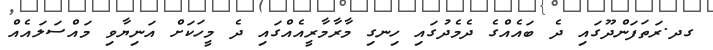
ގދ.ރަތަފަންދޫގައި ދެ ބައެއްގެ ދެމެދުގައި ހިނގި މާރާމާރީއެއްގައި ދެ މީހަކަށް އަނިޔާވި މައްސަލައެއް